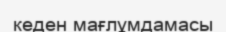
кеден мағлұмдамасы